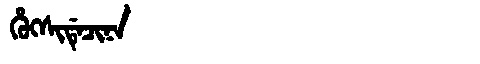
Manchu: ᡥᡠᡴᠰᡳᡩᡝᠴᡳᠨᠠ
Romanization: HUKSIDECINA